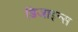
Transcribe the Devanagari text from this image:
डिजाइन्स